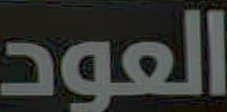
العود